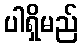
ပါရှိမည်